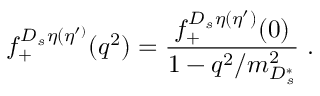
f _ { + } ^ { D _ { s } \eta ( \eta ^ { \prime ) } } ( q ^ { 2 } ) = { \frac { f _ { + } ^ { D _ { s } \eta ( \eta ^ { \prime } ) } ( 0 ) } { 1 - q ^ { 2 } / m _ { D _ { s } ^ { * } } ^ { 2 } } } \; .